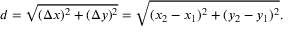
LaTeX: d = { \sqrt { ( \Delta x ) ^ { 2 } + ( \Delta y ) ^ { 2 } } } = { \sqrt { ( x _ { 2 } - x _ { 1 } ) ^ { 2 } + ( y _ { 2 } - y _ { 1 } ) ^ { 2 } } } .